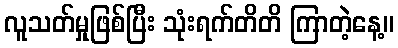
လူသတ်မှုဖြစ်ပြီး သုံးရက်တိတိ ကြာတဲ့နေ့။